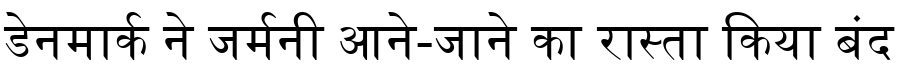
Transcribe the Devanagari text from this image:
डेनमार्क ने जर्मनी आने-जाने का रास्ता किया बंद